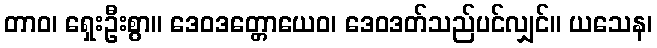
တာဝ၊ ရှေးဦးစွာ။ ဒေဝဒတ္တောယေဝ၊ ဒေဝဒတ်သည်ပင်လျှင်။ ယသေန၊